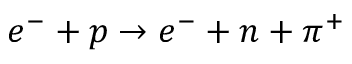
e ^ { - } + p \rightarrow e ^ { - } + n + \pi ^ { + }